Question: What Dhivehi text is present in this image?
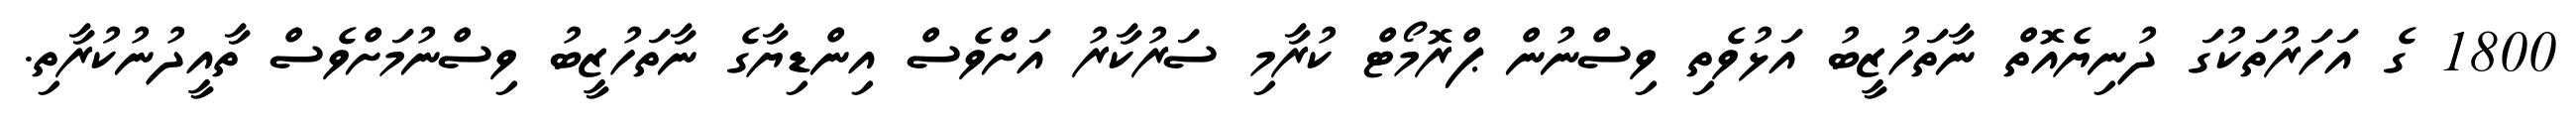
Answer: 1800 ގެ އަހަރުތަކުގަ ދުނިޔެއޮތް ނާތަހުޒީބު އަޅުވެތި ވިސްނުން ޕްރޮމޯޓް ކުރާމި ސަރުކާރު އަށްވެސް އިންޑިޔާގެ ނާތަހުޒީބު ވިސްނުމަށްވެސް ތާއީދުނުކުރާތި.